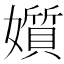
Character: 㜱